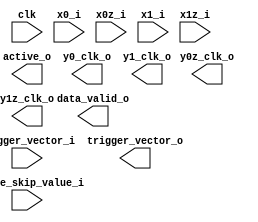
module sample_skip   
 #( parameter NofBits = 16)   // Number of AD bits: 16 for ADQ

  ( // Control & Clocking input
    input wire 			    clk, 
    
    // Signal input
    input wire signed [NofBits-1:0] x0_i,
    input wire signed [NofBits-1:0] x0z_i,
    input wire signed [NofBits-1:0] x1_i,
    input wire signed [NofBits-1:0] x1z_i,
    
    input wire [15:0] 		    sample_skip_value_i,

    input wire [3:0] 		    trigger_vector_i,
    output reg [3:0] 		    trigger_vector_o,
    output reg 			    active_o,
    (* SHREG_EXTRACT="NO" *) output reg data_valid_o,
    (* SHREG_EXTRACT="NO" *) output reg signed [NofBits-1:0] y0_clk_o,
    (* SHREG_EXTRACT="NO" *) output reg signed [NofBits-1:0] y0z_clk_o,
    (* SHREG_EXTRACT="NO" *) output reg signed [NofBits-1:0] y1_clk_o,
    (* SHREG_EXTRACT="NO" *) output reg signed [NofBits-1:0] y1z_clk_o
    
  );
endmodule